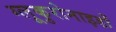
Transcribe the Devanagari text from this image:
ग्लूकुरोनाइडों